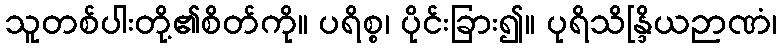
သူတစ်ပါးတို့၏စိတ်ကို။ ပရိစ္စ၊ ပိုင်းခြား၍။ ပုရိသိန္ဒြိယဉာဏံ၊